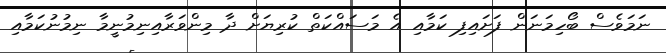
ނަމަވެސް ބޯހިމަނަން ފަށައިފި ކަމާއި އެ މަސައްކަތް ކުރިޔަށް ދާ މިންވަރާއިނިމުނީމާ ނިމުނުކަމާއި